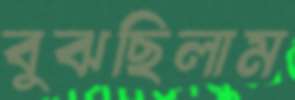
বুঝছিলাম